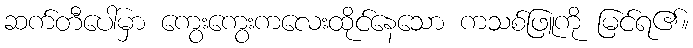
ဆက်တီပေါ်မှာ ကွေးကွေးကလေးထိုင်နေသော ကသစ်ဖြူကို မြင်ရ၏။